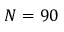
N = 9 0